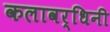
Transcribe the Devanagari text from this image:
कलावर्धिनी